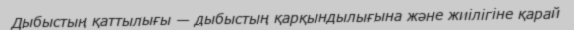
Дыбыстың қаттылығы — дыбыстың қарқындылығына және жиілігіне қарай